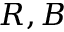
R , B